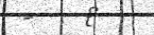
-    {